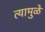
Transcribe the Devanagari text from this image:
त्यामुुळे